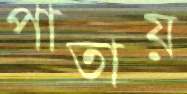
পাতায়